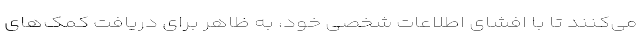
می‌کنند تا با افشای اطلاعات شخصی خود، به ظاهر برای دریافت کمک‌های